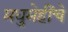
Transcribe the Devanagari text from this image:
मधुमेहींचे